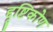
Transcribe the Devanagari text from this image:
द्दृष्टिकोण